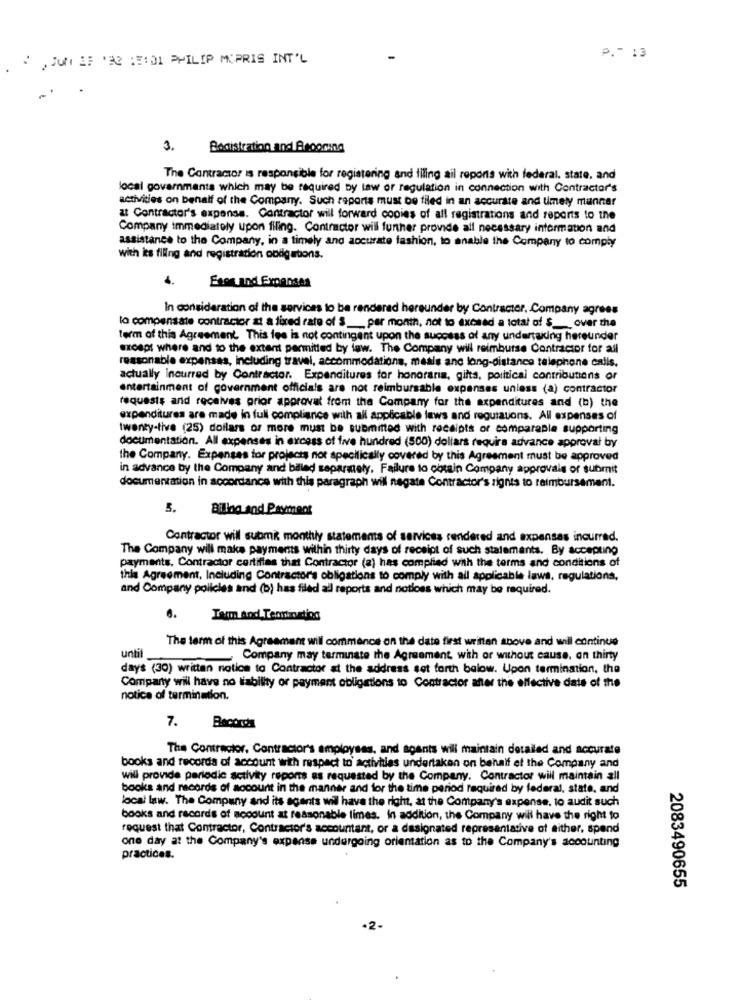
",Ju EF '32 :01 PHILIP MIPRIS INT'L
P .- 13
3.
Badistration and Becoming
The Contractor is responsible for registering and filing ail reports with federal, state, and
local governments which may be required by law or regulation in connection with Contractor's
activities on behalf of the Company. Such reports must be filed in an accurate and timely manner
at Contractor's expense. Contractor will forward copies of all registrations and reports to the
Company immediately upon filing. Contractor will further provide all necessary information and
assistance to the Company, in a timely and accurate fashion, to enable the Company to comply
with kes filling and registration obligations.
Esos and Expenses
In consideration of the services to be rendered hereunder by Contracter, Company agrees
lo compensate contractor at a fixed rate of $ __ per month, not to exceed a total of $ ___ over the
term of this Agreement. This fee is not contingent upon the success of any undertaking hereunder
except where and to the extent permitted by law. The Company will reimburse Contractor for all
reasonable expensas, including travel, accommodations, meals ane long-distance telephone calls.
actually incurred by Contractor. Expenditures for honoraria, gifts, political contributions or
entertainment of government officials are not reimbursable expenses unless (a) contractor
requests and receives prior approval from the Company for the expenditures and (b) the
expenditures are made in full compliance with all applicable laws and regulations. All expenses of
twenty-tive (25) dollars or more must be submitted with receipts or comparable supporting
documentation. All expenses in excess of five hundred (500) dollars require advance approval by
the Company. Expenses for projects not specifically covered by this Agreement must be approved
in advance by the Company and billed separately. Failure to obtain Company approvals or submit
documentation in accordance with this paragraph will negate Contractor's rights to reimbursement.
5.
Biling and Payment
Contractor will submit monthly statements of services rendered and expenses incurred.
The Company will make payments within thirty days of receipt of such statements. By accepting
payments, Contractor certifies that Contractor (a) has complied with the terms and conditions of
this Agreement, Including Contractors obligations to comply with all applicable laws, regulations,
and Company policies and (b) has filed all reports and notloss which may be required.
6.
Tarm And Teoniontios
The term of this Agreement will commence on the date first written above and will continue
until
Company may terminate the Agreement with or without cause. on thirty
days (30) written notice to Contractor at the address set forth below. Upon termination, the
Company will have no liability or payment obligations to Contractor after the effective date of the
notice of termination.
7.
The Contractor, Contractor's employses, and agants will maintain detailed and accurate
books and records of account with respect to activities undertaken on behalf of the Company and
will provide periodic activity reports as requested by the Company. Contractor will maintain all
books and records of account in the manner and for the time period required by federal, state, and
local law. The Company and its agents will have the right, at the Company's expense, to audit such
books and records of account at reasonable times. In addition, the Company will have the right to
request that Contractor, Contractor's accountant, or a designated representative of either, spend
one day at the Company's expense undergoing orientation as to the Company's accounting
practices.
2083490655
·2-